Indian journal of veterinary science and animal husbandry - Volume 11,
Year: 1941
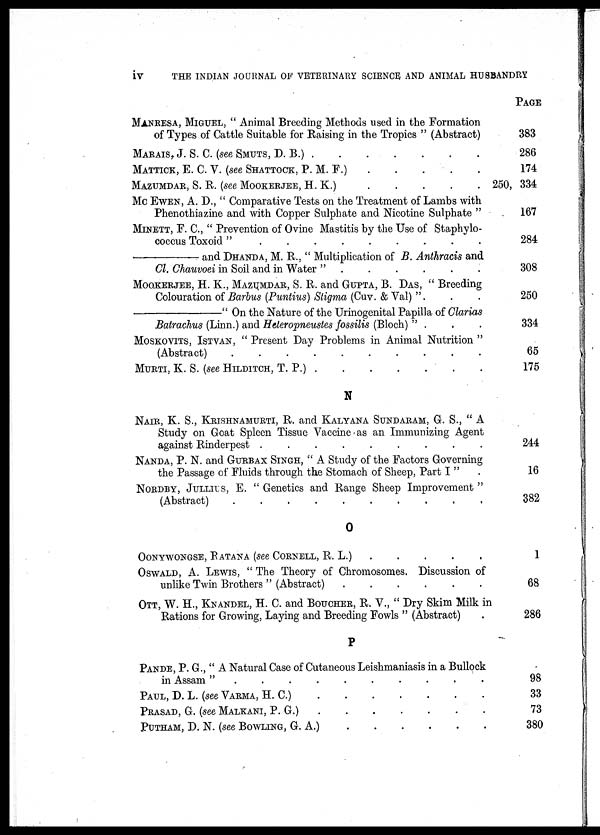
iv
THE INDIAN JOURNAL OF VETERINARY SCIENCE and ANIMAL HUSBANDRY
MANRESA, MIGUEL, " Animal Breeding Methods used in the Formation
of Types of Cattle Suitable for Raising in the Tropics " (Abstract)
MARAIS, J. S. C. (see SMUTS, D. B.) . . . . . . .
MATTICK, E. C. V. (see SHATTOCK, P. M. F.) . . . . .
MAZUMDAR, S. R. (see MOOKERJEE, H. K.) . . . . .
MC EWEN, A. D., " Comparative Tests on the Treatment of Lambs with
Phenothiazine and with Copper Sulphate and Nicotine Sulphate "
MINETT, F. C, " Prevention of Ovine Mastitis by the Use of Staphylo-
coccus Toxoid " . . . . . . . . . . . . . . . . .
—and DHANDA, M. R., " Multiplication of B. Anthracis and
Cl. Chauvoei in Soil and in Water " . . . . . . . . . .
MOOKERJEE, H. K., MAZUMDAR, S. R. and GUPTA, B. DAS, " Breeding
Colouration of Barbus (Puntius) Stigma (Cuv. & Val) ". . .
—
" On the Nature of the Urinogenital Papilla of Clarias
Batrachus (Linn.) and Heteropneustes fossilis (Bloch) " . . .
MOSKOVITS, ISTVAN, " Present Day Problems in Animal Nutrition "
(Abstract) . . . . . . . . . .
MURTI, K. S. (see HILDITCH, T. P.) . . . . . . .
N
NAIR, K. S., KRISHNAMURTI, R. and KALYANA SUNDARAM, G. S., " A
Study on Goat Spleen Tissue Vaccine as an Immunizing Agent
against Rinderpest .
.
.
.
.
.
.
.
.
NANDA, P. N. and GURBAX SINGH, " A Study of the Factors Governing
the Passage of Fluids through the Stomach of Sheep, Part I " .
NORDBY, JULLIUS, E. " Genetics and Range Sheep Improvement "
(Abstract) . . . . . . . . . .
O
OONYWONGSE, RATANA (see CORNELL, R. L.) . . . . .
OSWALD, A. LEWIS, " The Theory of Chromosomes. Discussion of
unlike Twin Brothers " (Abstract) . . . . . .
OTT, W. H., KNANDEL, H. C. and BOUCHER, R. V., " Dry Skim Milk in
Rations for Growing, Laying and Breeding Fowls " (Abstract) .
P
PANDE, P. G., " A Natural Case of Cutaneous Leishmaniasis in a Bullock
in Assam" . . . . . . . . . .
PAUL, D. L. (see VARMA, H. C.) . . . . . . .
PRASAD, G. (see MALKANI, P. G.) . . . . . . . . . .
PUTHAM, D.N. (see BOWLING, G.A.) . . . . . . . . . .
PAGE
383
286
174
250, 334
167
284
308
250
334
65
175
244
16
382
1
68
286
98
33
73
380